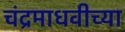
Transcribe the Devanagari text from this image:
चंद्रमाधवीच्या